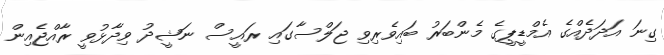
ގިނަ އަދަދެއްގެ އެމްޑީޕީގެ މެންބަރު ބައިވެރިވި ޖަލްސާގައި ރައީސް ނަޝީދު ވިދާޅުވީ ރާއްޖެއިން